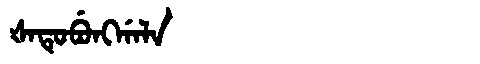
Manchu: ᡧᠠᡨᡠᠪᡠᠩᡤᠠᠯᠠ
Romanization: ŠATUBUNGGALA